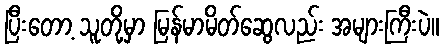
ပြီးတော့ သူတို့မှာ မြန်မာမိတ်ဆွေလည်း အများကြီးပဲ။